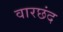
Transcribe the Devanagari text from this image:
वारछंद